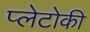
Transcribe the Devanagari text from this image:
प्लेटोकी